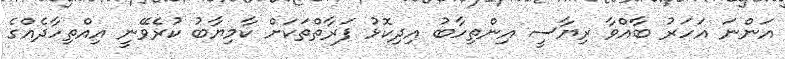
އަންނަ އަހަރު ބާއްވާ ރިޔާސީ އިންތިހާބު އިދިކޮޅު ފަރާތްތަކަށް ކާމިޔާބު ކުރެވޭނީ އިއްތިހާދެއްގެ